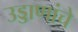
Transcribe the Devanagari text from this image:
उड्डाणांचे